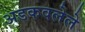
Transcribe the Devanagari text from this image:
अडकवलेले